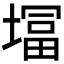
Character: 𭏨